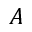
\boldsymbol { A }